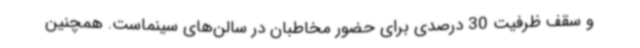
و سقف ظرفیت 30 درصدی برای حضور مخاطبان در سالن‌های سینماست. همچنین